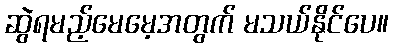
ဆွဲရမည့်မေမေ့အတွက် မသယ်နိုင်ပေ။